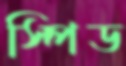
স্পিড